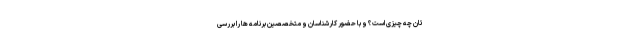
تان چه چیزی است؟ و با حضور کارشناسان و متخصصین برنامه ها را بررسی